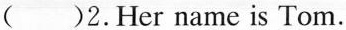
()2.Her name is Tom.